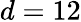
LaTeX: d=12